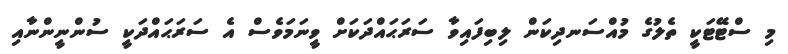
މި ސްޓޭޓަކީ ތެލުގެ މުއްސަނދިކަން ލިބިފައިވާ ސަރަޙައްދަކަށް ވީނަމަވެސް އެ ސަރަޙައްދަކީ ސުންނީންނާއި